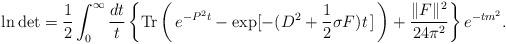
LaTeX: \begin{align*}\ln \mbox{det} = \frac{1}{2} \int_0^\infty \frac{dt}{t} \left\{ \mbox{Tr}\left(\!\ e^{-P^2t} - \exp[-(D^2 + \frac{1}{2} \sigma F) t\!\ ]\!\ \right)+ \frac{\|F\|^2}{24\pi^2} \right\} e^{-tm^2}. \end{align*}